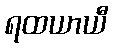
ရထယာယီ